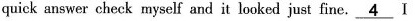
quick answer check myself and it looked just fine. ___4I